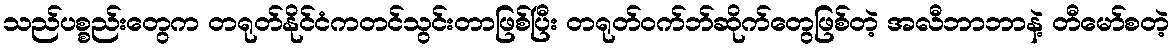
သည်ပစ္စည်းတွေက တရုတ်နိုင်ငံကတင်သွင်းတာဖြစ်ပြီး တရုတ်ဝက်ဘ်ဆိုက်တွေဖြစ်တဲ့ အလီဘာဘာနဲ့ တီမော်စတဲ့